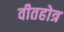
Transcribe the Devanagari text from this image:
वीतहोत्र